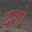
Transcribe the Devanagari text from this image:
दशो